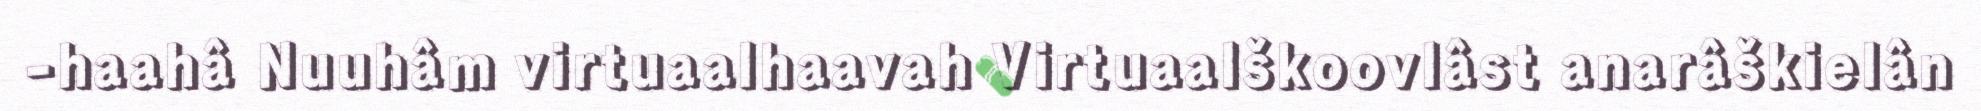
-haahâ Nuuhâm virtuaalhaavah Virtuaalškoovlâst anarâškielân